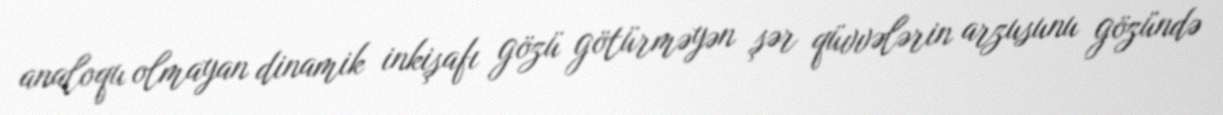
analoqu olmayan dinamik inkişafı gözü götürməyən şər qüvvələrin arzusunu gözündə